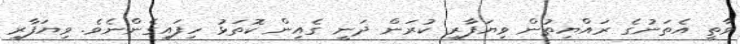
ވާތީ އެތަނުގެ ރައްޔިތުން ވިޔަފާރި ކުރަން ދަނީ ގެއިން ކޮތަޅު ހިފައިގެންނެވެ. ވިޔަފާރި